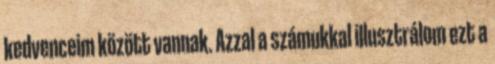
kedvenceim között vannak. Azzal a számukkal illusztrálom ezt a